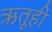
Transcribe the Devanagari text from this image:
ऋतूही